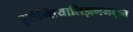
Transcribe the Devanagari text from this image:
इसेन्शियालिझममधून